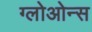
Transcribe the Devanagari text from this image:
ग्लोओन्स